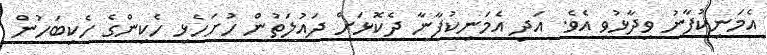
އެމަނިކުފާނު ވިދާޅުވި އެވެ. އަދި އެމަނިކުފާނާ ދެކޮޅަށް ދައުލަތުން ހުށަހެޅި ހެކިންގެ ހެކިބަހުން